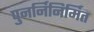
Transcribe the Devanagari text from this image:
पुनर्निनिर्मित